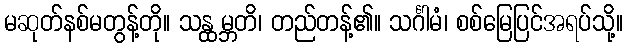
မဆုတ်နစ်မတွန့်တို။ သန္ထမ္ဘတိ၊ တည်တန့်၏။ သင်္ဂါမံ၊ စစ်မြေပြင်အရပ်သို့။